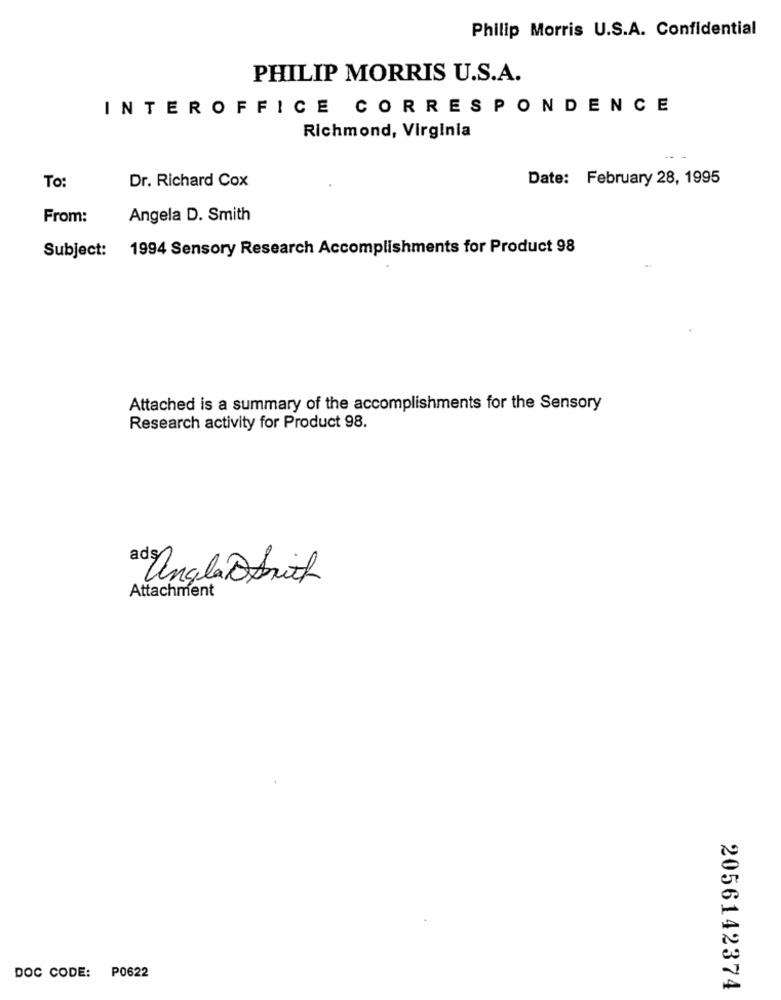
Philip Morris U.S.A. Confidential
PHILIP MORRIS U.S.A.
INTEROFFICE CORRESPONDENCE
Richmond, Virginia
Dr. Richard Cox
Date: February 28, 1995
To:
From:
Angela D. Smith
Subject: 1994 Sensory Research Accomplishments for Product 98
Attached is a summary of the accomplishments for the Sensory
Research activity for Product 98.
Angela Dritt
Attachment
P0622
DOC CODE:
2056142374